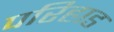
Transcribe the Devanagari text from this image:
परिहाड